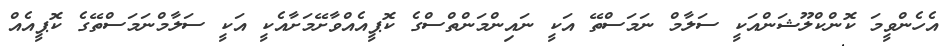
އެހެންވީމަ ކޮންކްލޫޝަންއަކީ ސަލާމް ނަމަސްތޭ އަކީ ނައިންމަންތްސްގެ ކޮޕީއެއްވާށޭމަށާއެކީ އަކީ ސަލާމްނަމަސްތޭގެ ކޮޕީއެއް